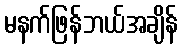
မနက်ဖြန်ဘယ်အချိန်